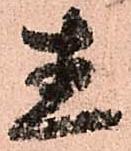
直